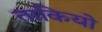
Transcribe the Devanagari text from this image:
ताकियो